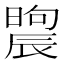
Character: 𣊤